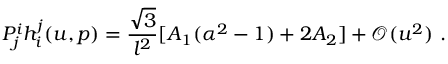
P _ { j } ^ { i } h _ { i } ^ { j } ( u , p ) = \frac { \sqrt { 3 } } { l ^ { 2 } } [ A _ { 1 } ( \alpha ^ { 2 } - 1 ) + 2 A _ { 2 } ] + \mathcal { O } ( u ^ { 2 } ) ~ .